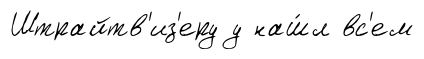
Штрайтв'из'еру у наш́л вс'ем